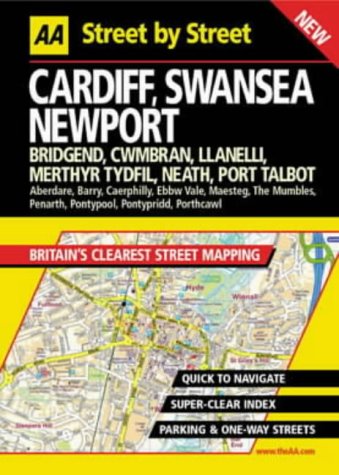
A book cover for Aa Street by Street Cardiff Swansea Newport Maxi; Automobile Association (Great Britain); Travel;